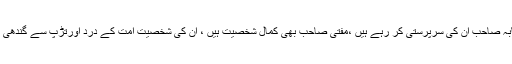
مفتی ابولبابہ صاحب ان کی سرپرستی کر رہے ہیں ،مفتی صاحب بھی کمال شخصیت ہیں ، ان کی شخصیت امت کے درد اورتڑپ سے گندھی ہوئی ہے ۔